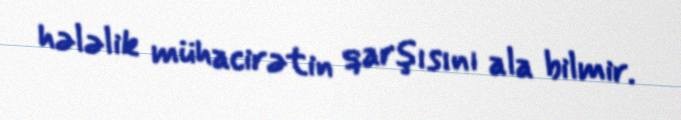
hələlik mühacirətin qarşısını ala bilmir.